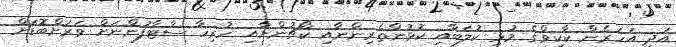
އަދި އަހަރެން ކާކިވްގެ މުޅި ކުލަބާއި ކުޅުންތެރިންނާއި ކޯޗުންނާއި ހުރިހާ ސްޓާފުންނަށް ވަރަށްބޮޑަށް